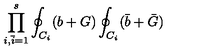
\prod _ { i , { \bar { i } } = 1 } ^ { s } \oint _ { C _ { i } } ( b + G ) \oint _ { C _ { i } } ( { \bar { b } } + { \bar { G } } )